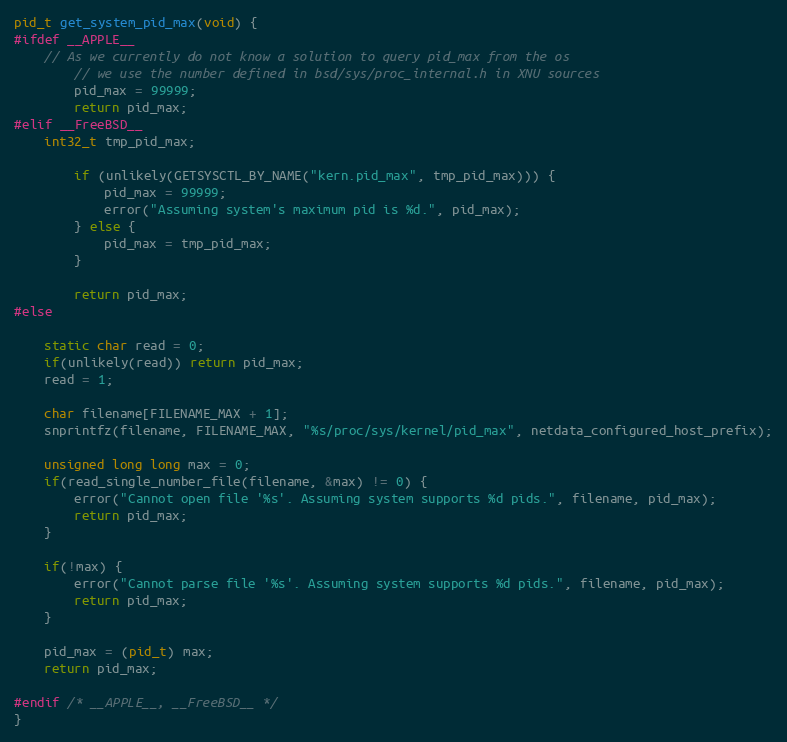
Language: C
pid_t get_system_pid_max(void) {
#ifdef __APPLE__
    // As we currently do not know a solution to query pid_max from the os
        // we use the number defined in bsd/sys/proc_internal.h in XNU sources
        pid_max = 99999;
        return pid_max;
#elif __FreeBSD__
    int32_t tmp_pid_max;

        if (unlikely(GETSYSCTL_BY_NAME("kern.pid_max", tmp_pid_max))) {
            pid_max = 99999;
            error("Assuming system's maximum pid is %d.", pid_max);
        } else {
            pid_max = tmp_pid_max;
        }

        return pid_max;
#else

    static char read = 0;
    if(unlikely(read)) return pid_max;
    read = 1;

    char filename[FILENAME_MAX + 1];
    snprintfz(filename, FILENAME_MAX, "%s/proc/sys/kernel/pid_max", netdata_configured_host_prefix);

    unsigned long long max = 0;
    if(read_single_number_file(filename, &max) != 0) {
        error("Cannot open file '%s'. Assuming system supports %d pids.", filename, pid_max);
        return pid_max;
    }

    if(!max) {
        error("Cannot parse file '%s'. Assuming system supports %d pids.", filename, pid_max);
        return pid_max;
    }

    pid_max = (pid_t) max;
    return pid_max;

#endif /* __APPLE__, __FreeBSD__ */
}